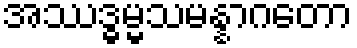
အဿဒ္ဓမ္မသမန္နာဂတော